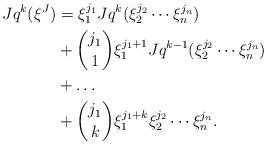
LaTeX: \begin{align*}Jq^k(\xi^J) &= \xi_1^{j_1} Jq^k(\xi_2^{j_2}\cdots \xi_n^{j_n}) \\& + \binom{j_1}{1} \xi_1^{j_1+1} Jq^{k-1}(\xi_2^{j_2}\cdots \xi_n^{j_n}) \\& + \dots \\& + \binom{j_1}{k} \xi_1^{j_1+k} \xi_2^{j_2}\cdots \xi_n^{j_n}.\end{align*}